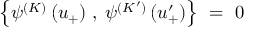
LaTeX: \left\{ \psi ^ { ( K ) } \, ( u _ { + } ) \; , \; \psi ^ { ( K ^ { \prime } ) } \, ( u _ { + } ^ { \prime } ) \right\} \ = \ 0